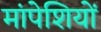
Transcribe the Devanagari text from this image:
मांपेशियों